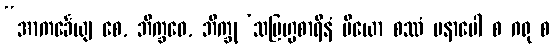
“အာကင်္ခေယျ စေ, ဘိက္ခဝေ, ဘိက္ခု ‘သဗြဟ္မစာရီနံ ပိယော စဿံ မနာပေါ စ ဂရု စ